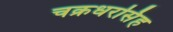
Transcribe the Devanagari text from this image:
चक्रधरसिंह